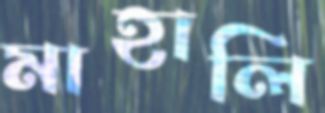
মাহালি